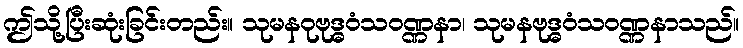
ဤသို့ပြီးဆုံးခြင်းတည်း။ သုမနဝုဗုဒ္ဓဝံသဝဏ္ဏနာ၊ သုမနဗုဒ္ဓဝံသဝဏ္ဏနာသည်။